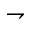
\rightharpoondown